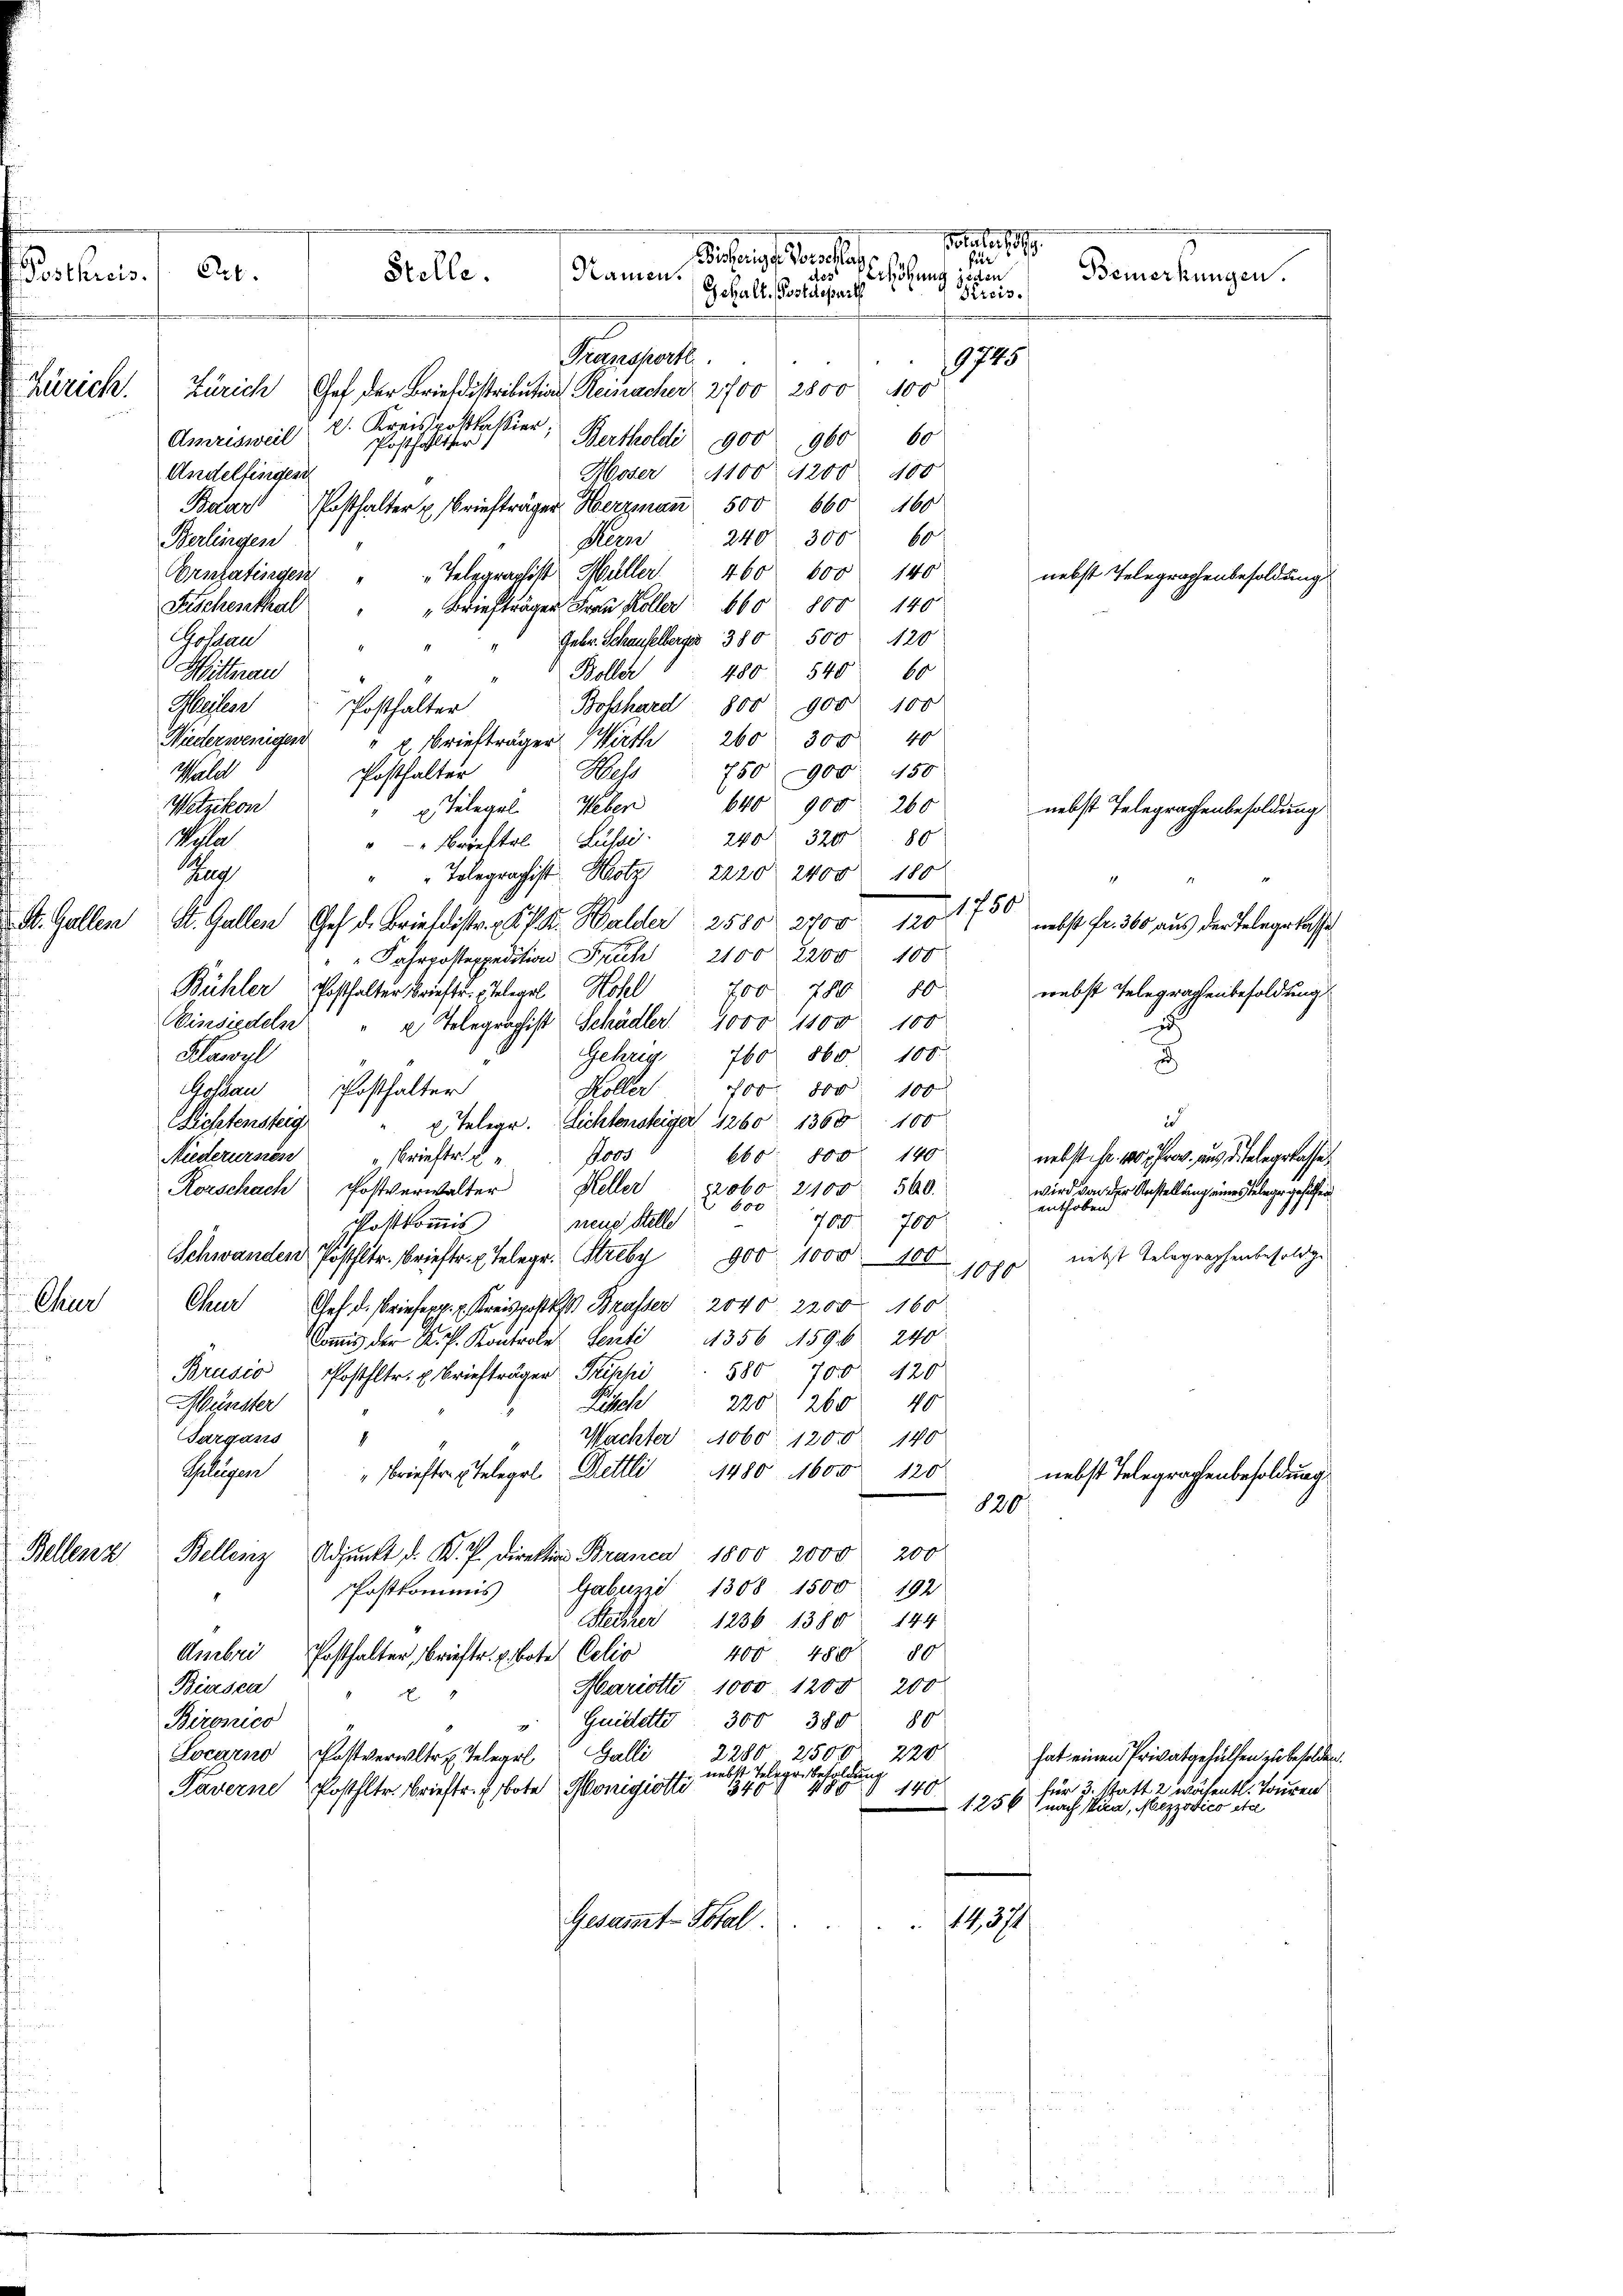
Postkreis.

Zürich.

hur

lenz

St. Gallen

Stelle.

Art.
Transporte
1745
Zürich Chef der Briefdistribution Reinacher, 2700 2800 100
p. Kreispostkassier
Bertholdi 900 960 60
Amrisweil
Posthalter
Moser 1100 1200 100
Andelfingesi
Posthalter u. Briefträger Herrmann 500 660 460
Baar
240. 300 60
Berlingen
Seine
Ornzatisegen " " Telegraphist Müller 460 600 140
nebst Telegraphenbesoldung
 Briefträger Frau Kolle 60 800 140
Fischenthal
Goßau
Gebr. Schauselberger 380 500 20
480 545. 60
Mitterau
Boller
Heilen
Bosshard 800 900 100
Posthalter
40
Niederwenigen
" u Briefträger Wirth  260. 300
750 900 150
Hess
Wald
Posthalter
Wetzikon
640 900 260
x Telegel. Weber
nebst Telegraphenbesoldung
Wohle
"- " Brieftel aus                                           320
80
"" Telegraphist. Hotz 2220 2400 180
Ran
K. Gallen Ges. d. Brieflistr. d. J. K. Balder 2580. 2700. 120 1750
nebst fr. 360 aus der Telegerkasse
"" Fahrposteppedition Früh 2100. 2200. 100
Bühler Posthalter Brieftr. Telegel Hohel
700 780 80
nebst Telegraphenbesoldung
Einsiedeln
x Telegraphist Schädler 1000. 1100. 100
u
Gehrig
Klawyl
760 860 100.
i
Gossau
700. 800 100
Höller
Posthalter
i
u Telegr. Lichtensteiger 1260 1368. 100
Lichtensteig
Ros
660. 800. 140
Niederurnen
sbriefter L.
nebst Fr. 10 Prov. aus ditelegelassen
Rorschach Postverwalter Keller 2060. 2100 500.
wird von der Anstellung eines Teleger gehülfen
600
enthoben
700 700
neue Stelle
Postkomis
niebst Telegraphenbesoldge
Schwanden Poststr. Brieftr. Telegr. Streby 900 1000. 100
1080
Char
Gef d. Briefen. Kreispost Brasser 2040. 2200 160
 der K. P. Kontro Senti 4356 1596 240
580 700. 120
Brusio Posthltr. u. Briefträger Priski
Pitsch
220 1260 40
Münster
Sargans
1
Machter 11060. 12000. 140
1480. 1600 120
Geliegen
" Brieftr. telegel Bettli
nebst Telegraphenbesoldung
120
Bellenz, Adjunkt d. K. J. Direktion Branca 1800. 2000 200
Postkommis Gabuzzi 1308. 1500
192
Steiner 1236 1380 144
Umbrei
400 480 80
Posthalter, Brieftr. E. Bote. Celio
Mariette 1000. 1200 200
Biasca
A
Guillette
300 380. 80
Bironico
Locarno, Postverwltr. Telegel Galli 2280 2500 220
hat einen Privatgehülfen zu besolden.
nebst Telege Besoldung
für 3. Statt 2 wäsentl. Touren
140.
Paverne Posthltr. Brieftr. Bote Honigiotti 340 § 480
1. 256 nach Vica, Mezzovico etc
14,371
Gesammt- Total
f

.
Poember 1889.
Bisherige Sorelle
für
des Erhöhung
Namen
Bemerkungen.
siden
Gehalt. Postdepart
Kreis.